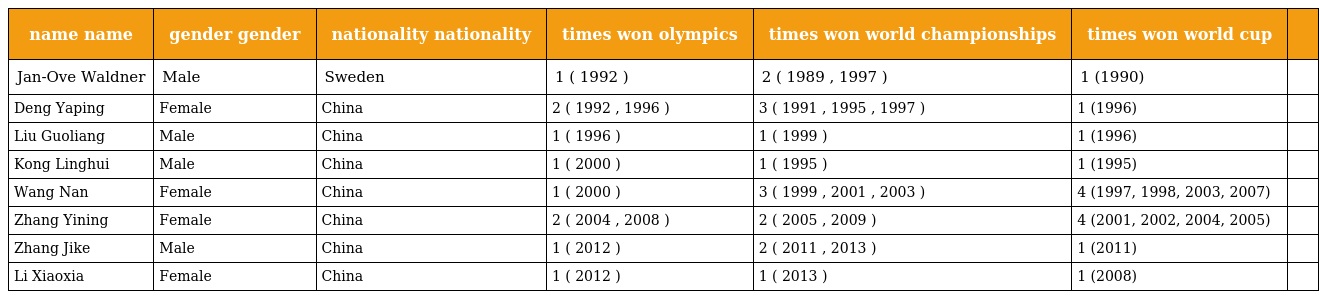
| name name | gender gender | nationality nationality | times won olympics | times won world championships | times won world cup |  |
 | --- | --- | --- | --- | --- | --- | --- |
 | Jan-Ove Waldner | Male | Sweden | 1 ( 1992 ) | 2 ( 1989 , 1997 ) | 1 (1990) |  |
 | Deng Yaping | Female | China | 2 ( 1992 , 1996 ) | 3 ( 1991 , 1995 , 1997 ) | 1 (1996) |  |
 | Liu Guoliang | Male | China | 1 ( 1996 ) | 1 ( 1999 ) | 1 (1996) |  |
 | Kong Linghui | Male | China | 1 ( 2000 ) | 1 ( 1995 ) | 1 (1995) |  |
 | Wang Nan | Female | China | 1 ( 2000 ) | 3 ( 1999 , 2001 , 2003 ) | 4 (1997, 1998, 2003, 2007) |  |
 | Zhang Yining | Female | China | 2 ( 2004 , 2008 ) | 2 ( 2005 , 2009 ) | 4 (2001, 2002, 2004, 2005) |  |
 | Zhang Jike | Male | China | 1 ( 2012 ) | 2 ( 2011 , 2013 ) | 1 (2011) |  |
 | Li Xiaoxia | Female | China | 1 ( 2012 ) | 1 ( 2013 ) | 1 (2008) |  |